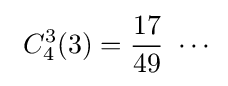
\ C_{4}^{3}(3)={\frac {17}{49}}\ \cdots